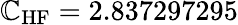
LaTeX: \mathbb{C}_{\mathrm{{HF}}}=2.837297295